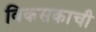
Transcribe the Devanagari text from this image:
विकसकाची